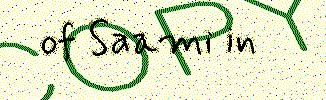
of Saami in